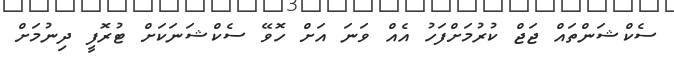
ސެކްޝަންތައް ޖަޖް ކުރުމަށްފަހު އެއް ވަނަ އަށް ހޮވޭ ސެކްޝަނަކަށް ޓުރޮފީ ދިނުމަށް